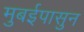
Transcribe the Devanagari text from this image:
मुबईपासुन